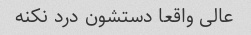
عالی واقعا دستشون درد نکنه